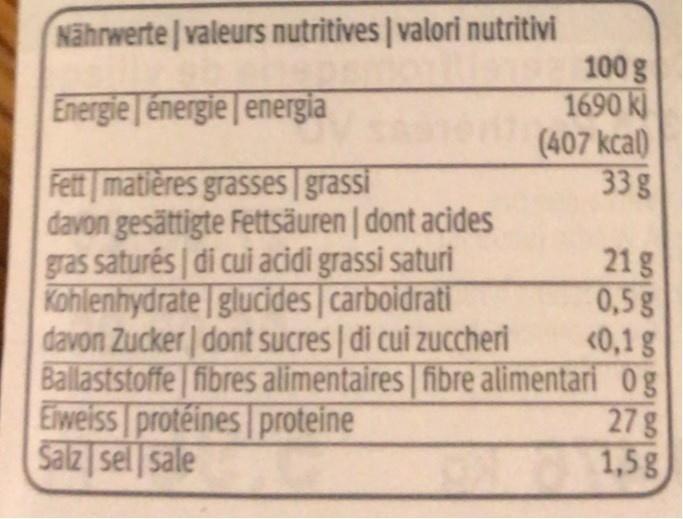
Nährwerte | valeurs nutritives | valori nutritivi
Energie énergie energia
Fett matières grasses grassi
davon gesättigte Fettsäuren | dont acides gras saturés| di cui acidi grassi saturi Kohlenhydrate glucides carboidrati davon Zucker| dont sucres | di cui zuccheri Ballaststoffe fibres alimentaires | fibre alimentari
Elweiss protéines proteine Salz sel sale
100 g
1690 k
(407 kcal) 33 g
21 g
0,5 g
<0,1 g
Og 27 g
1,5 g